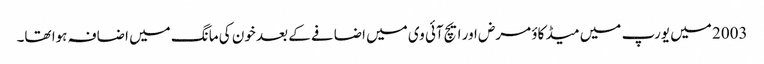
2003 میں یورپ میں میڈ کاؤ مرض اور ایچ آئی وی میں اضافے کے بعد خون کی مانگ میں اضافہ ہوا تھا۔